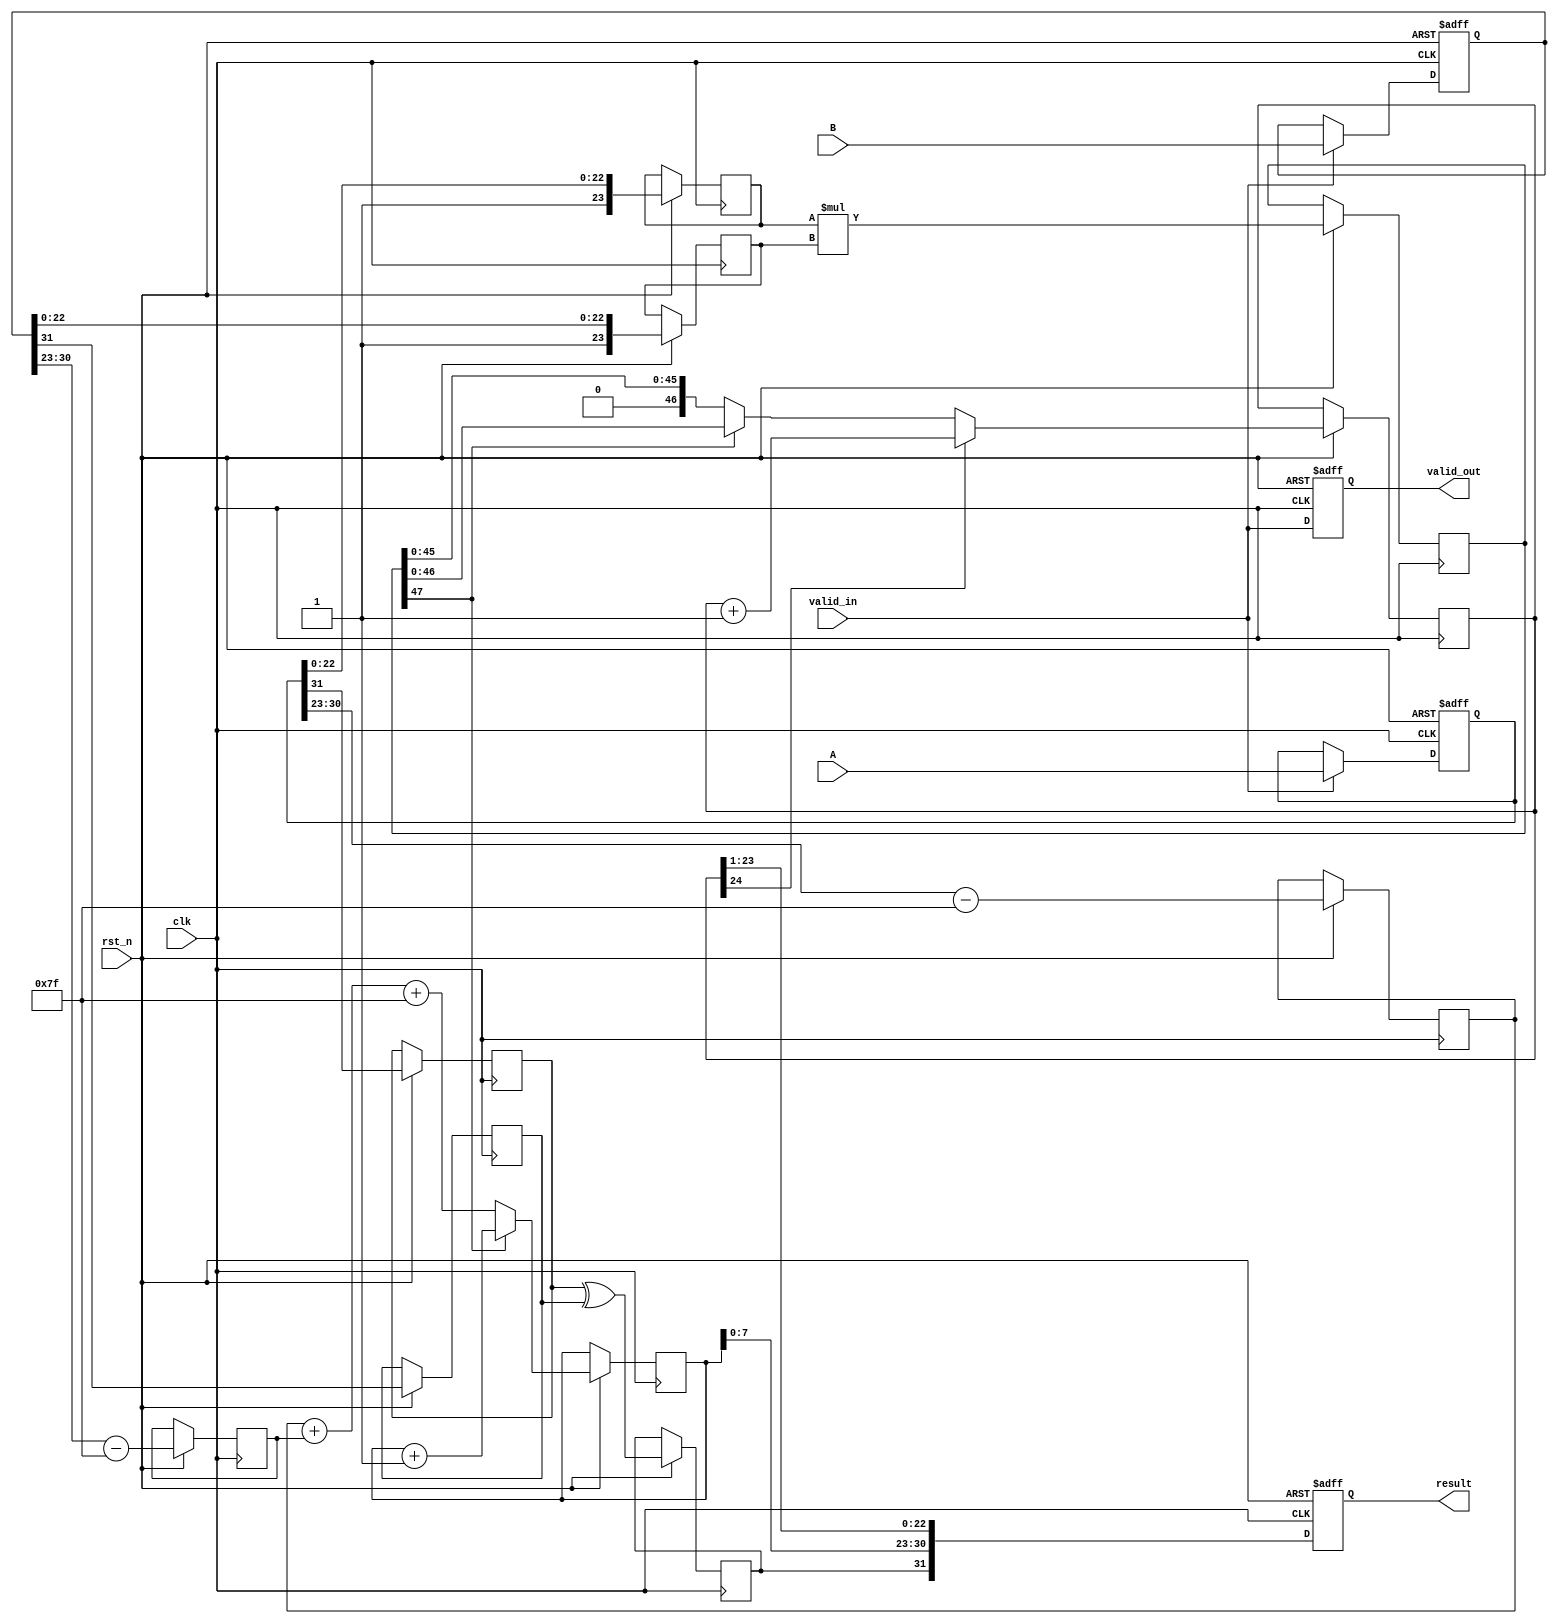
module fp_pipelined_multiplier (
    input clk,
    input rst_n,
    input [31:0] A, // First floating-point input (IEEE 754 single-precision)
    input [31:0] B, // Second floating-point input (IEEE 754 single-precision)
    input valid_in, // Input valid signal
    output reg [31:0] result, // Resulting floating-point output
    output reg valid_out // Result valid output
);

// Define internal signals
reg [31:0] A_reg, B_reg; // Registers for inputs
reg [8:0] exponent_A, exponent_B; // Exponent fields
reg [23:0] mantissa_A, mantissa_B; // Mantissa fields
reg sign_A, sign_B; // Sign bits

reg [47:0] product_mantissa; // Output mantissa after multiplication
reg [8:0] result_exponent; // Result exponent

// Pipeline registers for each stage
reg [8:0] exponent_stage;
reg [46:0] normalized_mantissa_stage;
reg sign_result;

// Control logic for pipelining
always @(posedge clk or negedge rst_n) begin
    if (!rst_n) begin
        // Reset values
        A_reg <= 0;
        B_reg <= 0;
        result <= 0;
        valid_out <= 0;
    end else begin
        // Stage 1: Input Stage
        if (valid_in) begin
            A_reg <= A;
            B_reg <= B;
        end
        
        // Stage 2: Decompose inputs
        sign_A <= A_reg[31];
        exponent_A <= A_reg[30:23] - 127; // Remove bias
        mantissa_A <= {1'b1, A_reg[22:0]}; // Implicit leading 1
        
        sign_B <= B_reg[31];
        exponent_B <= B_reg[30:23] - 127; // Remove bias
        mantissa_B <= {1'b1, B_reg[22:0]}; // Implicit leading 1

        // Stage 3: Multiplication Stage
        product_mantissa <= mantissa_A * mantissa_B; // Mantissa multiplication
        
        // Stage 4: Exponent Calculation
        result_exponent <= exponent_A + exponent_B + 127; // Add bias back
        
        // Stage 5: Handle normalization if needed
        // Note: Simplified, you may need to shift the product and adjust exponent
        if (product_mantissa[47]) begin
            normalized_mantissa_stage <= product_mantissa[46:0]; // Already normalized
            result_exponent <= result_exponent + 1; // Normalize exponent
        end else begin
            normalized_mantissa_stage <= product_mantissa[45:0]; // Normalize
        end
        
        // Stage 6: Rounding Stage
        // This is simplified and may need to be enhanced for proper rounding
        if (normalized_mantissa_stage[24]) begin
            normalized_mantissa_stage <= normalized_mantissa_stage + 1; // Simple rounding
        end
        
        // Stage 7: Output Stage
        sign_result <= sign_A ^ sign_B; // XOR for sign
        result <= {sign_result, result_exponent[7:0], normalized_mantissa_stage[23:1]};
        
        // Output valid signal
        valid_out <= valid_in;
    end
end

endmodule